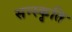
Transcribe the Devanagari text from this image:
सन्स्कृति